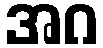
အဂ